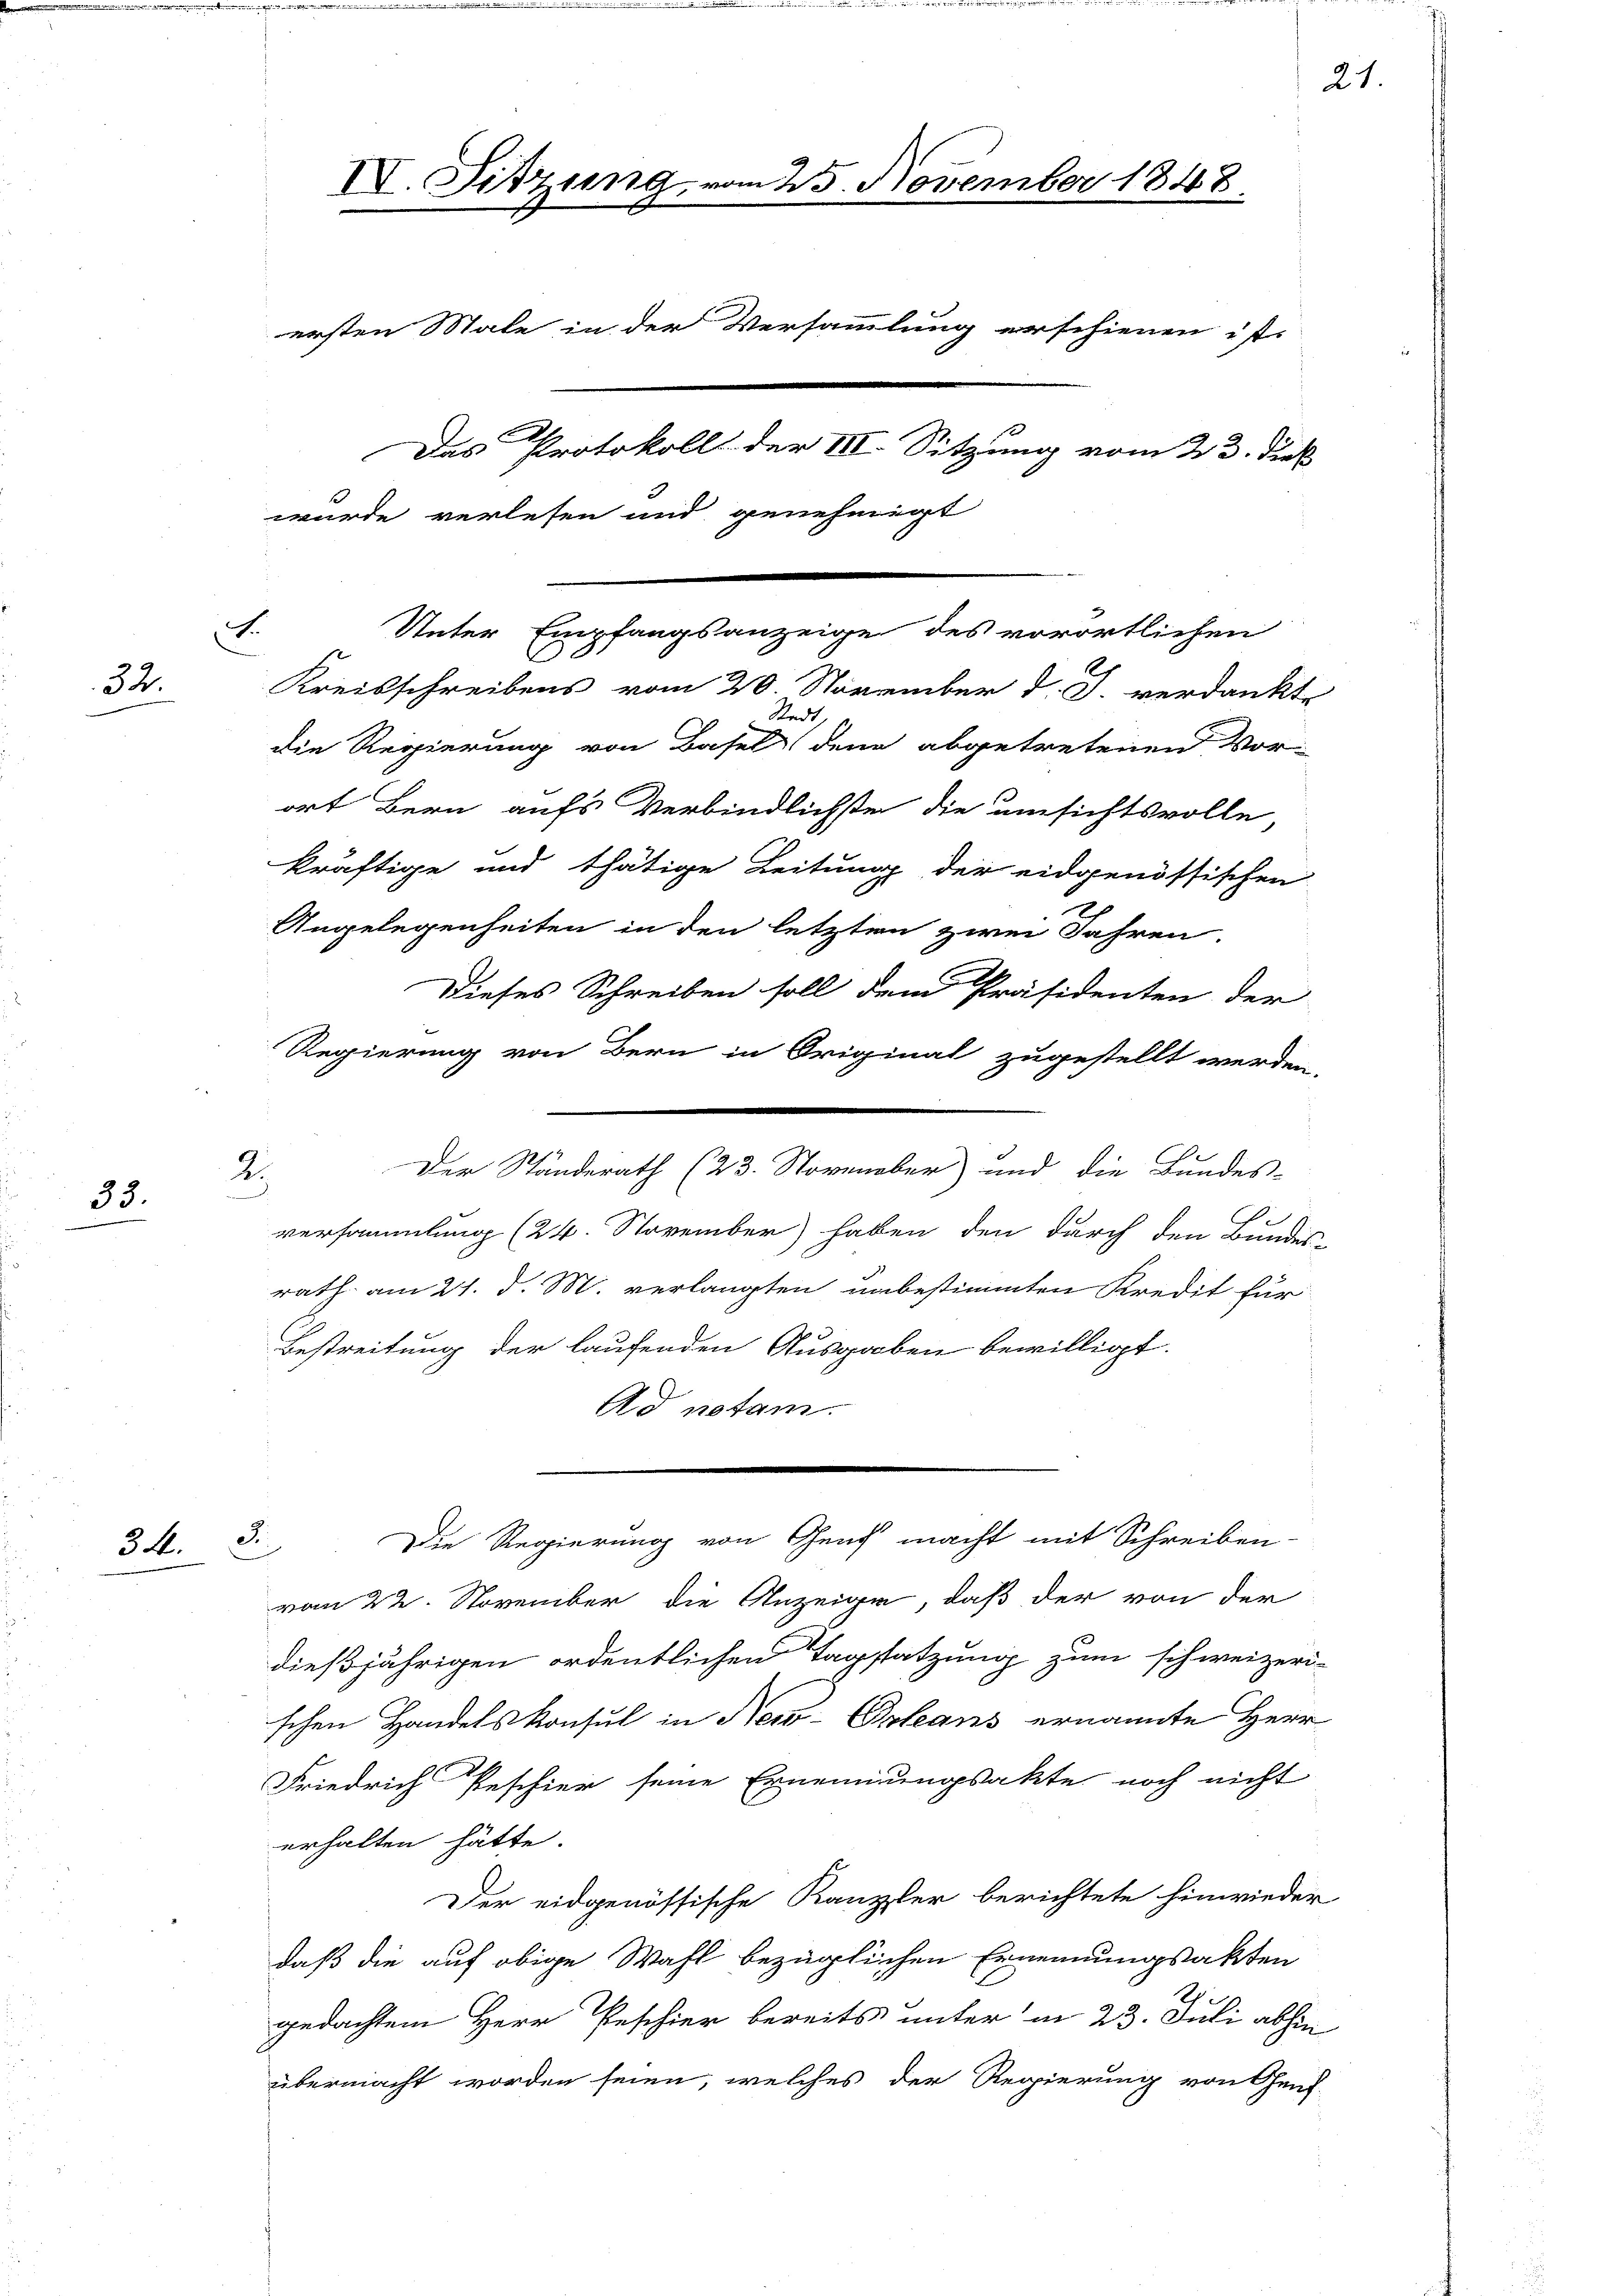
F.
32.

33.

34. 3.

2.
.

IV. Sitzung

ersten Male in der Versammlung erschienen ist.
Das Protokoll der III. Sitzung vom 23. dieß
wurde verlesen und genehmigt

Unter Empfangsanzeige des vorörtlichen
Kreisschreibens vom 20. November d. J. verdankt.
Stadt
die Regierung von Basel dene abgetretenen Vor-
kräftige und thätige Leitung der eidgenössischen
Angelegenheiten in den letzten zwei Jahren.
Dieses Schreiben soll dem Präsidenten der
Regierung von Bern in Original zugestellt werden.
i
Ad notam.
Die Regierung von Genf macht mit Schreiben
vom 22. November die Anzeige, daß der von der
dießjährigen ordentlichen Tagsatzung zum schweizeri
schen Handelskonsul in New-Orleans ernannte Herr
Friedrich Peschier seine Ernennungsakte noch nicht
erhalten hätte.
Der eidgenössische Kanzler berichtete hinwieder
daß die auf obige Wahl bezüglichen Ernennungsakten
gedachtem Herr Peschier bereits unter in 23. Juli abhin
übermacht worden seien, welches der Regierung von Genf-

ort Bern aufs Verbindlichste die unsichtsvolle,

25. November 1848

Der Ständerath (23. November) und die Bundes-
versammlung (24. November haben den durch den Bundes
rath am 21. d. M. verlangten unbestimmten Kredit für
Bestreitung der laufenden Ausgaben bewilligt.

21